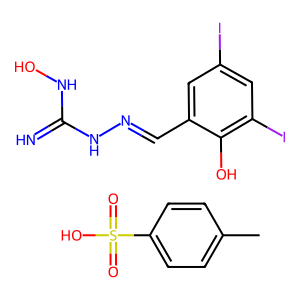
SMILES: Cc1ccc(S(=O)(=O)O)cc1.N=C(NO)NN=Cc1cc(I)cc(I)c1O
Inhibits HIV replication: No